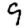
Digit: 9